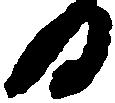
日